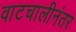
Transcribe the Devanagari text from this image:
वाटचालीनंतर